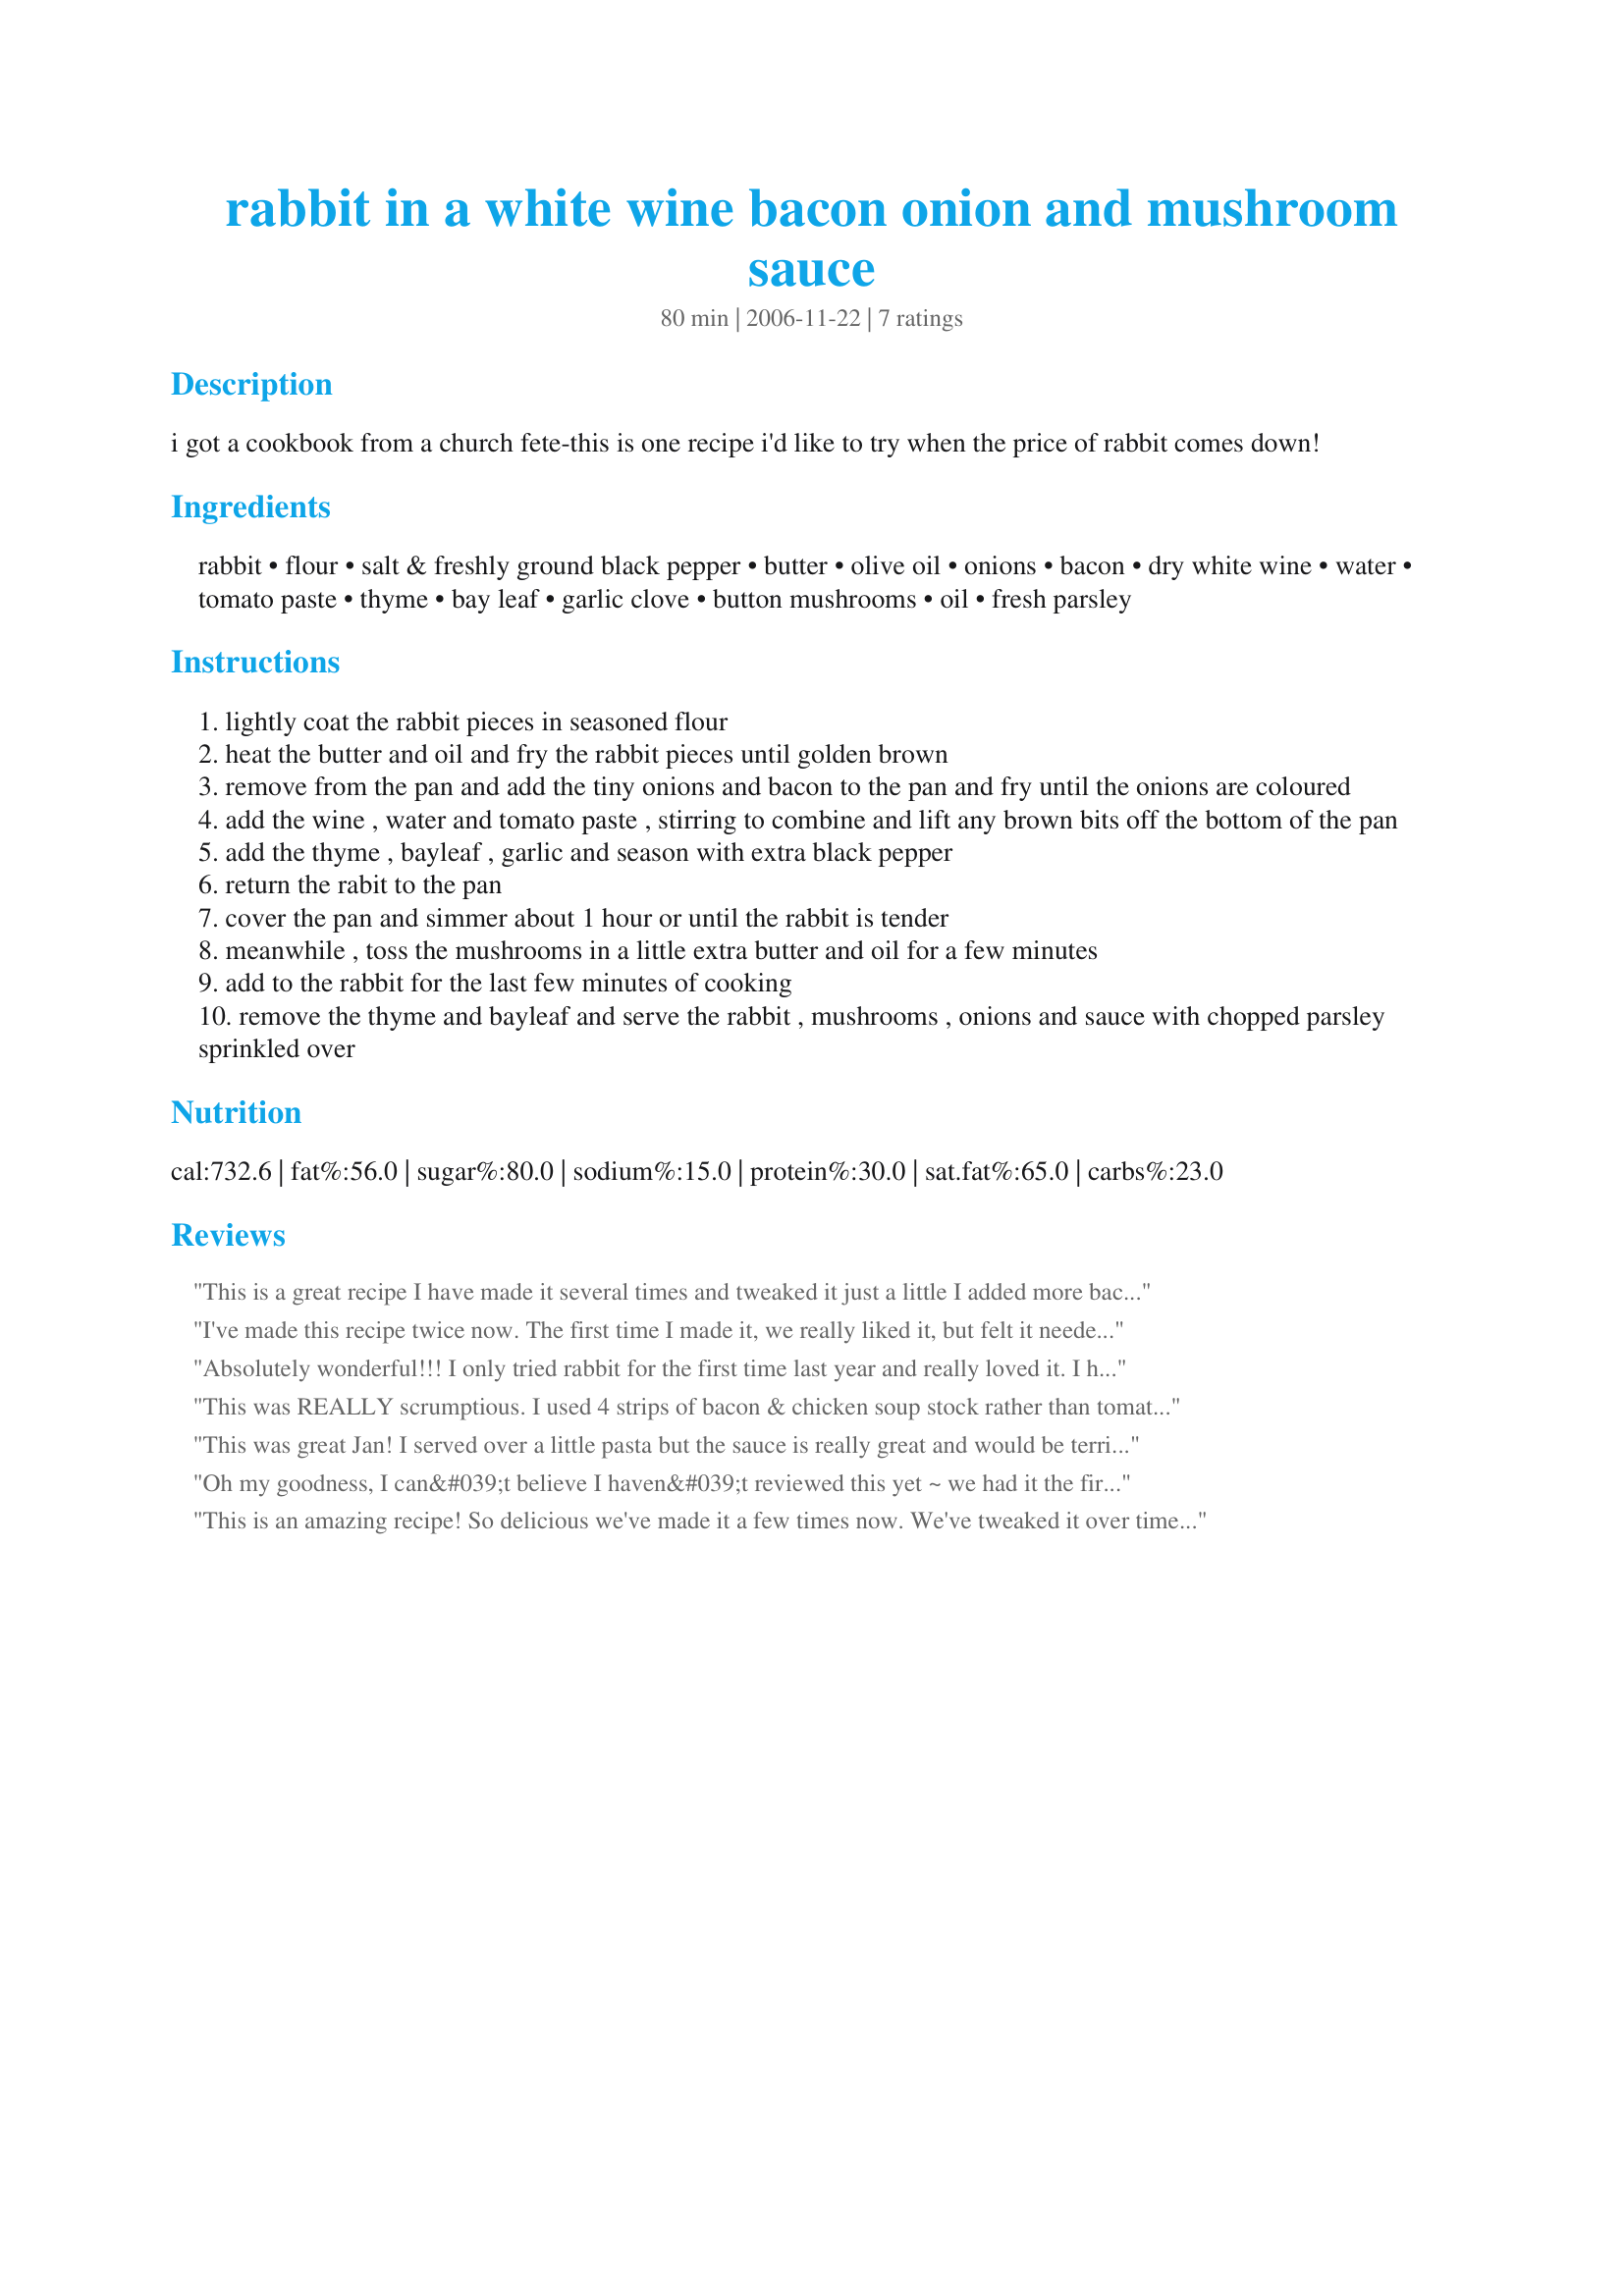
rabbit in a white wine bacon onion and mushroom sauce
Preparation time: 80 minutes

i got a cookbook from a church fete-this is one recipe i'd like to try when the price of rabbit comes down!

Ingredients:
rabbit, flour, salt & freshly ground black pepper, butter, olive oil, onions, bacon, dry white wine, water, tomato paste, thyme, bay leaf, garlic clove, button mushrooms, oil, fresh parsley

Steps:
lightly coat the rabbit pieces in seasoned flour
heat the butter and oil and fry the rabbit pieces until golden brown
remove from the pan and add the tiny onions and bacon to the pan and fry until the onions are coloured
add the wine , water and tomato paste , stirring to combine and lift any brown bits off the bottom of the pan
add the thyme , bayleaf , garlic and season with extra black pepper
return the rabit to the pan
cover the pan and simmer about 1 hour or until the rabbit is tender
meanwhile , toss the mushrooms in a little extra butter and oil for a few minutes
add to the rabbit for the last few minutes of cooking
remove the thyme and bayleaf and serve the rabbit , mushrooms , onions and sauce with chopped parsley sprinkled over

Reviews:
This is a great recipe I have made it several times and tweaked it just a little I added more bacon because everything is better with bacon. I also upped the herbs a little and added some diced potatoes for extra body the sauce that's made is just wonderful. I am making this again for Easter not sure if that's a PC thing to do but its too good not to make.
I've made this recipe twice now. The first time I made it, we really liked it, but felt it needed a little more flavor. Last night I made it again and it was just perfect, with the following modifications: doubled the bacon to 4 slices, used 4-5 crushed garlic cloves, 4-5 sprigs of thyme, and a mix of wild mushrooms (shiitake and cremini) instead of button. I ended up not having a bay leaf and was a little short on the mushrooms, but it still turned out wonderful and I will definitely add the bay leaf next time. I served with a side of mashed potatoes (wonderful for dipping in the sauce) and green beans. Thanks for posting, Jan; we will definitely make this dish again.
Absolutely wonderful!!! I only tried rabbit for the first time last year and really loved it. I have been looking for new ways to make it ever since. I bought rabbit fillet pieces as they were on special for half price, who would pass that up. I made this as is except after cooking for one hour the sauce was a little too tomato flavoured for our taste. I just added about 3/4 teaspoon of chicken stock granules and 2 tablespoons of cream and it was perfect. This is an exceptional recipe to serve with rabbit and we all really enjoyed it. I served over wild rice and thought this went well with it. A great post Jan!!!
This was REALLY scrumptious. I used 4 strips of bacon & chicken soup stock rather than tomato paste (husband has reflux which tomato based meals aggravate), I had baby bella mushrooms. Everything blended wonderfully. Served with mashed potatos & broccoli.
This was great Jan! I served over a little pasta but the sauce is really great and would be terrific over rice as well.
Oh my goodness, I can&#039;t believe I haven&#039;t reviewed this yet ~ we had it the first time way back in November &#039;12 and have enjoyed it several times since. Awesome recipe!!!!
This is an amazing recipe! So delicious we've made it a few times now. We've tweaked it over time and added different things but below is one of my favourite variations: Modifications: added full pound of bacon, used red onion, cremini mushrooms, chicken bullion cube, Mrs dash- garlic and herb, sesame seeds, and bok choy.
